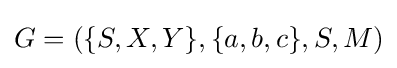
G=(\{S,X,Y\},\{a,b,c\},S,M)